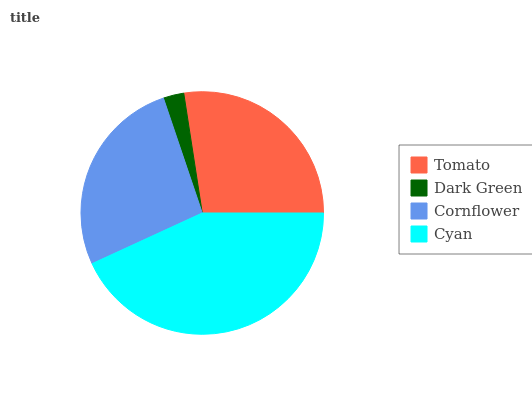
| Tomato | Dark Green | Cornflower | Cyan |
 | --- | --- | --- | --- |
 | 27.4% | 2.75% | 26.7% | 43.1% |